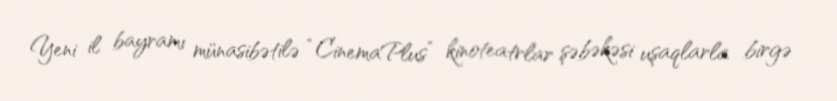
Yeni il bayramı münasibətilə “CinemaPlus” kinoteatrlar şəbəkəsi uşaqlarla birgə